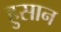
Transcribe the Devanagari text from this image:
हुसान